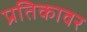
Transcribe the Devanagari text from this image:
प्रतिकावर